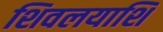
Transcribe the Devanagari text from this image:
शिवलयाशि